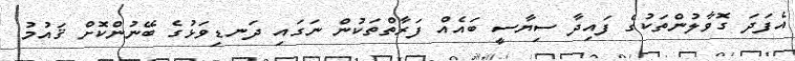
އެފަދަ ގޮވާލުންތަކުގެ ފައިދާ ސިޔާސީ ބައެއް ފަރާތްތަކުން ނަގައި ދަނޑިވަޅުގެ ބޭނުންކޮށް ޤައުމު